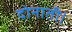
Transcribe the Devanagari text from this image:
दोनाती।